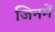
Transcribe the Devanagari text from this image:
जिनमें